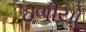
ઠળીયો